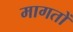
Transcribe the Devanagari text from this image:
मागतों